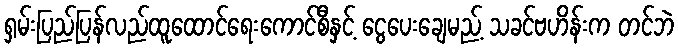
ရှမ်းပြည်ပြန်လည်ထူထောင်ရေးကောင်စီနှင့် ငွေပေးချေမည့် သခင်ဗဟိန်းက တင်ဘဲ